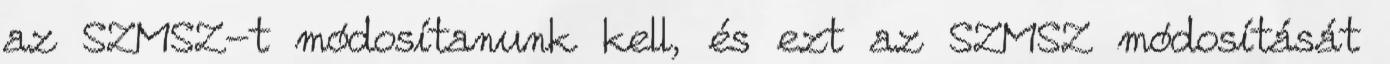
az SZMSZ-t módosítanunk kell, és ezt az SZMSZ módosítását